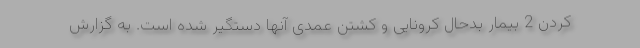
کردن 2 بیمار بدحال کرونایی و کشتن عمدی آنها دستگیر شده است. به گزارش